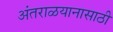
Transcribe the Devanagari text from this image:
अंतराळयानासाठी